Lunatic asylums Central Provinces reports 1874-1885 - 1874-1885
Year: 1874
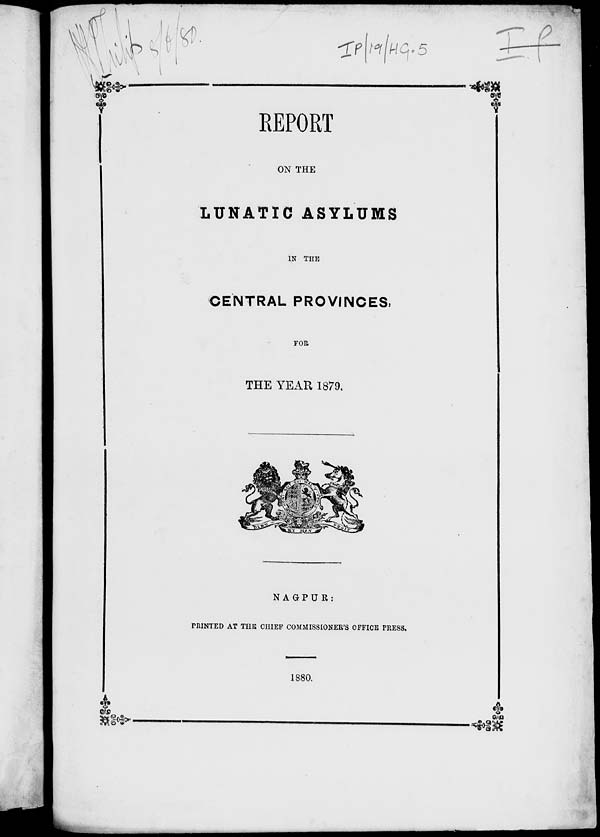
REPORT
ON THE
LUNATIC ASYLUMS
IN THE
CENTRAL PROVINCES,
FOR
THE YEAR 1879.
NAGPUR :
PRINTED AT THE CHIEF COMMISSIONER'S OFFICE PRESS.
1880.